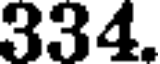
334.